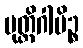
မုတ္တိဂါမိဉ္စ